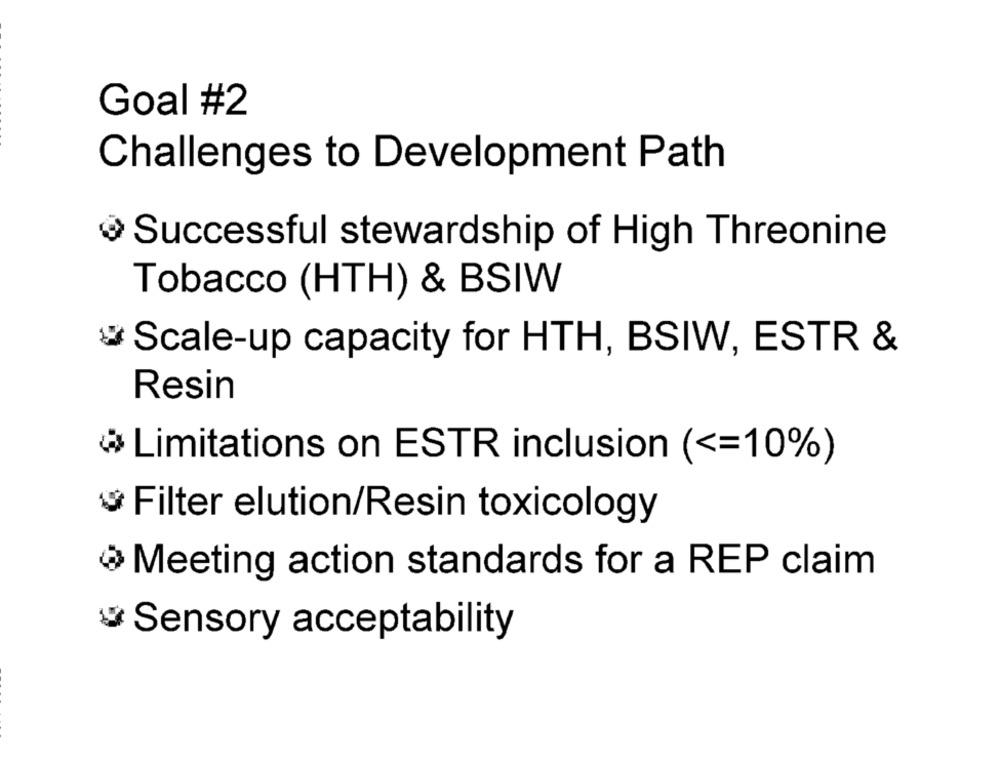
Goal #2
Challenges to Development Path
Successful stewardship of High Threonine
Tobacco (HTH) & BSIW
Scale-up capacity for HTH, BSIW, ESTR &
Resin
Limitations on ESTR inclusion ( <= 10%)
Filter elution/Resin toxicology
Meeting action standards for a REP claim
Sensory acceptability